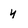
Character: y